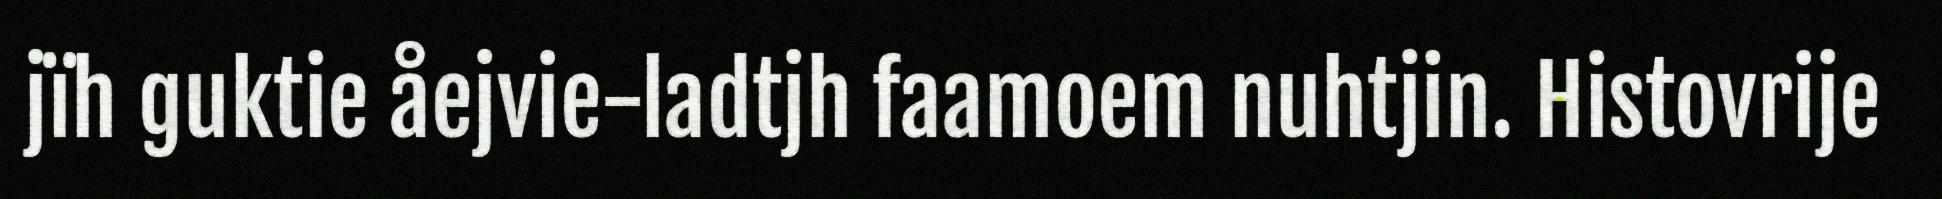
jïh guktie åejvie-ladtjh faamoem nuhtjin. Histovrije